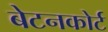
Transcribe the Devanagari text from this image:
बेटनकोर्ट